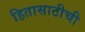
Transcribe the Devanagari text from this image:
हितासाठीची